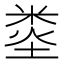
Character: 𥹿